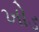
ખોડ